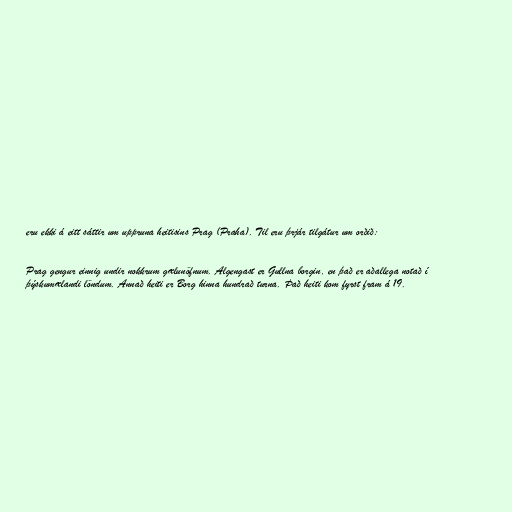
eru ekki á eitt sáttir um uppruna heitisins Prag (Praha). Til eru þrjár tilgátur um orðið:

Prag gengur einnig undir nokkrum gælunöfnum. Algengast er Gullna borgin, en það er aðallega notað í
þýskumælandi löndum. Annað heiti er Borg hinna hundrað turna. Það heiti kom fyrst fram á 19.